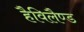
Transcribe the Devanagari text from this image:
हैविलैण्ड